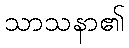
သာသနာ၏